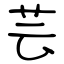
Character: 芸